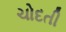
ચોદતી